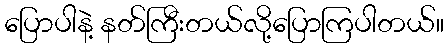
ပြောပါနဲ့ နတ်ကြီးတယ်လို့ပြောကြပါတယ်။